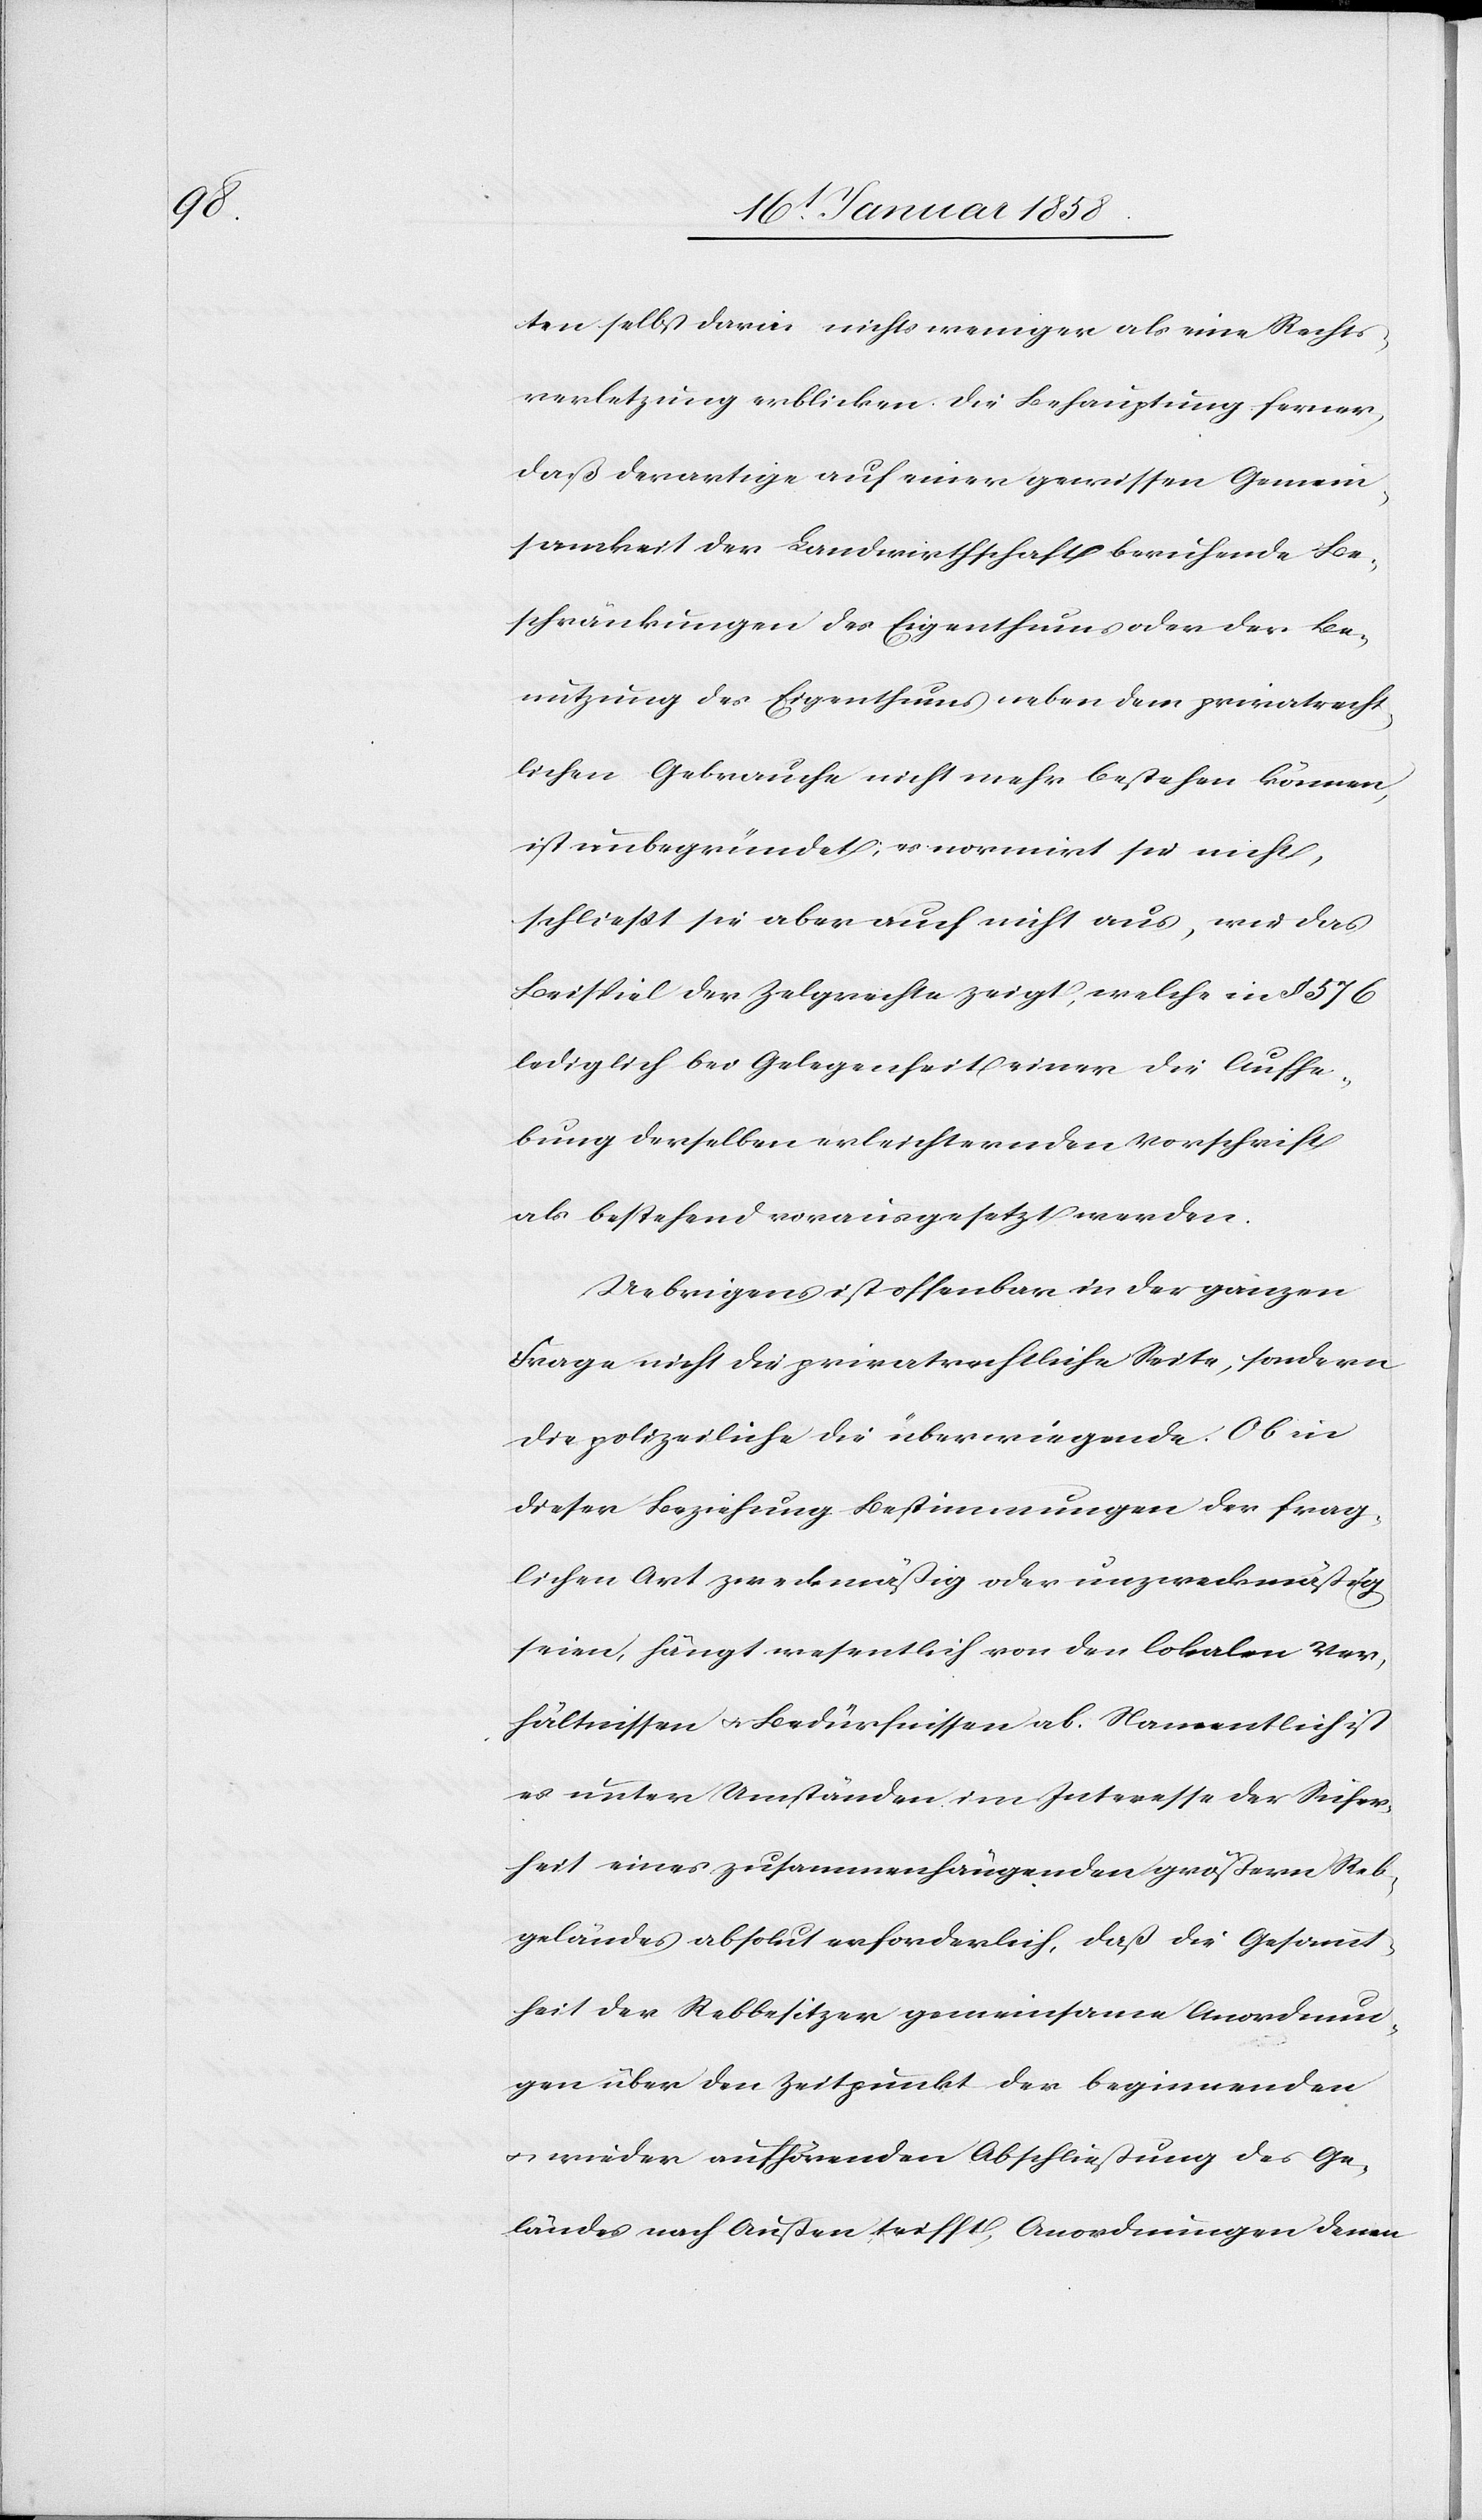
ten selbst darin nichts weniger als eine Rechts¬
verletzung erblicken die Behauptung ferner,
daß derartige auf einer gewissen Gemein¬
samkeit der Landwirthschaft beruhende Be¬
schränkungen des Eigenthums oder der Be¬
nutzung des Eigenthums neben dem privatrecht¬
lichen Gebrauche nicht mehr bestehen können,
ist unbegründet; es normirt sie nicht,
schließt sie aber auch nicht aus, wie das
Beispiel der Zelgrechte zeigt, welche in § 576
lediglich bei Gelegenheit einer die Aufhe¬
bung derselben erleichternden Vorschrift
als bestehend vorausgesetzt werden.
Uebrigens ist offenbar in der ganzen
Frage nicht die privatrechtliche Seite, sondern
die polizeiliche die überwiegende. Ob in
dieser Beziehung Bestimmungen der frag¬
lichen Art zweckmäßig oder unzweckmäßig
seien, hängt wesentlich von den lokalen Ver¬
hältnissen u. Bedürfnissen ab. Namentlich ist
es unter Umständen im Interesse der Sicher¬
heit eines zusammenhängenden größern Reb¬
geländes absolut erforderlich, daß die Gesammt¬
heit der Rebbesitzer gemeinsame Anordnun¬
gen über den Zeitpunkt der beginnenden
u. wieder aufhörenden Abschließung des Ge¬
ländes nach Außen trifft, Anordnungen denen